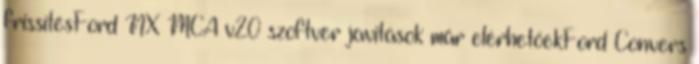
frissítésFord NX MCA v20 szoftver javitások már elérhetőekFord Convers